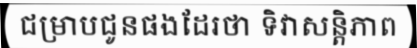
ជម្រាបជូនផងដែរថា ទិវាសន្តិភាព